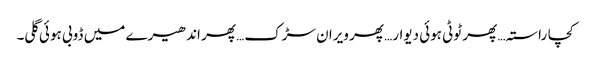
کچا راستہ… پھر ٹوٹی ہوئی دیوار… پھر ویران سڑک… پھر اندھیرے میں ڈوبی ہوئی گلی۔